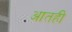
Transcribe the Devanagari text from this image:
आतही